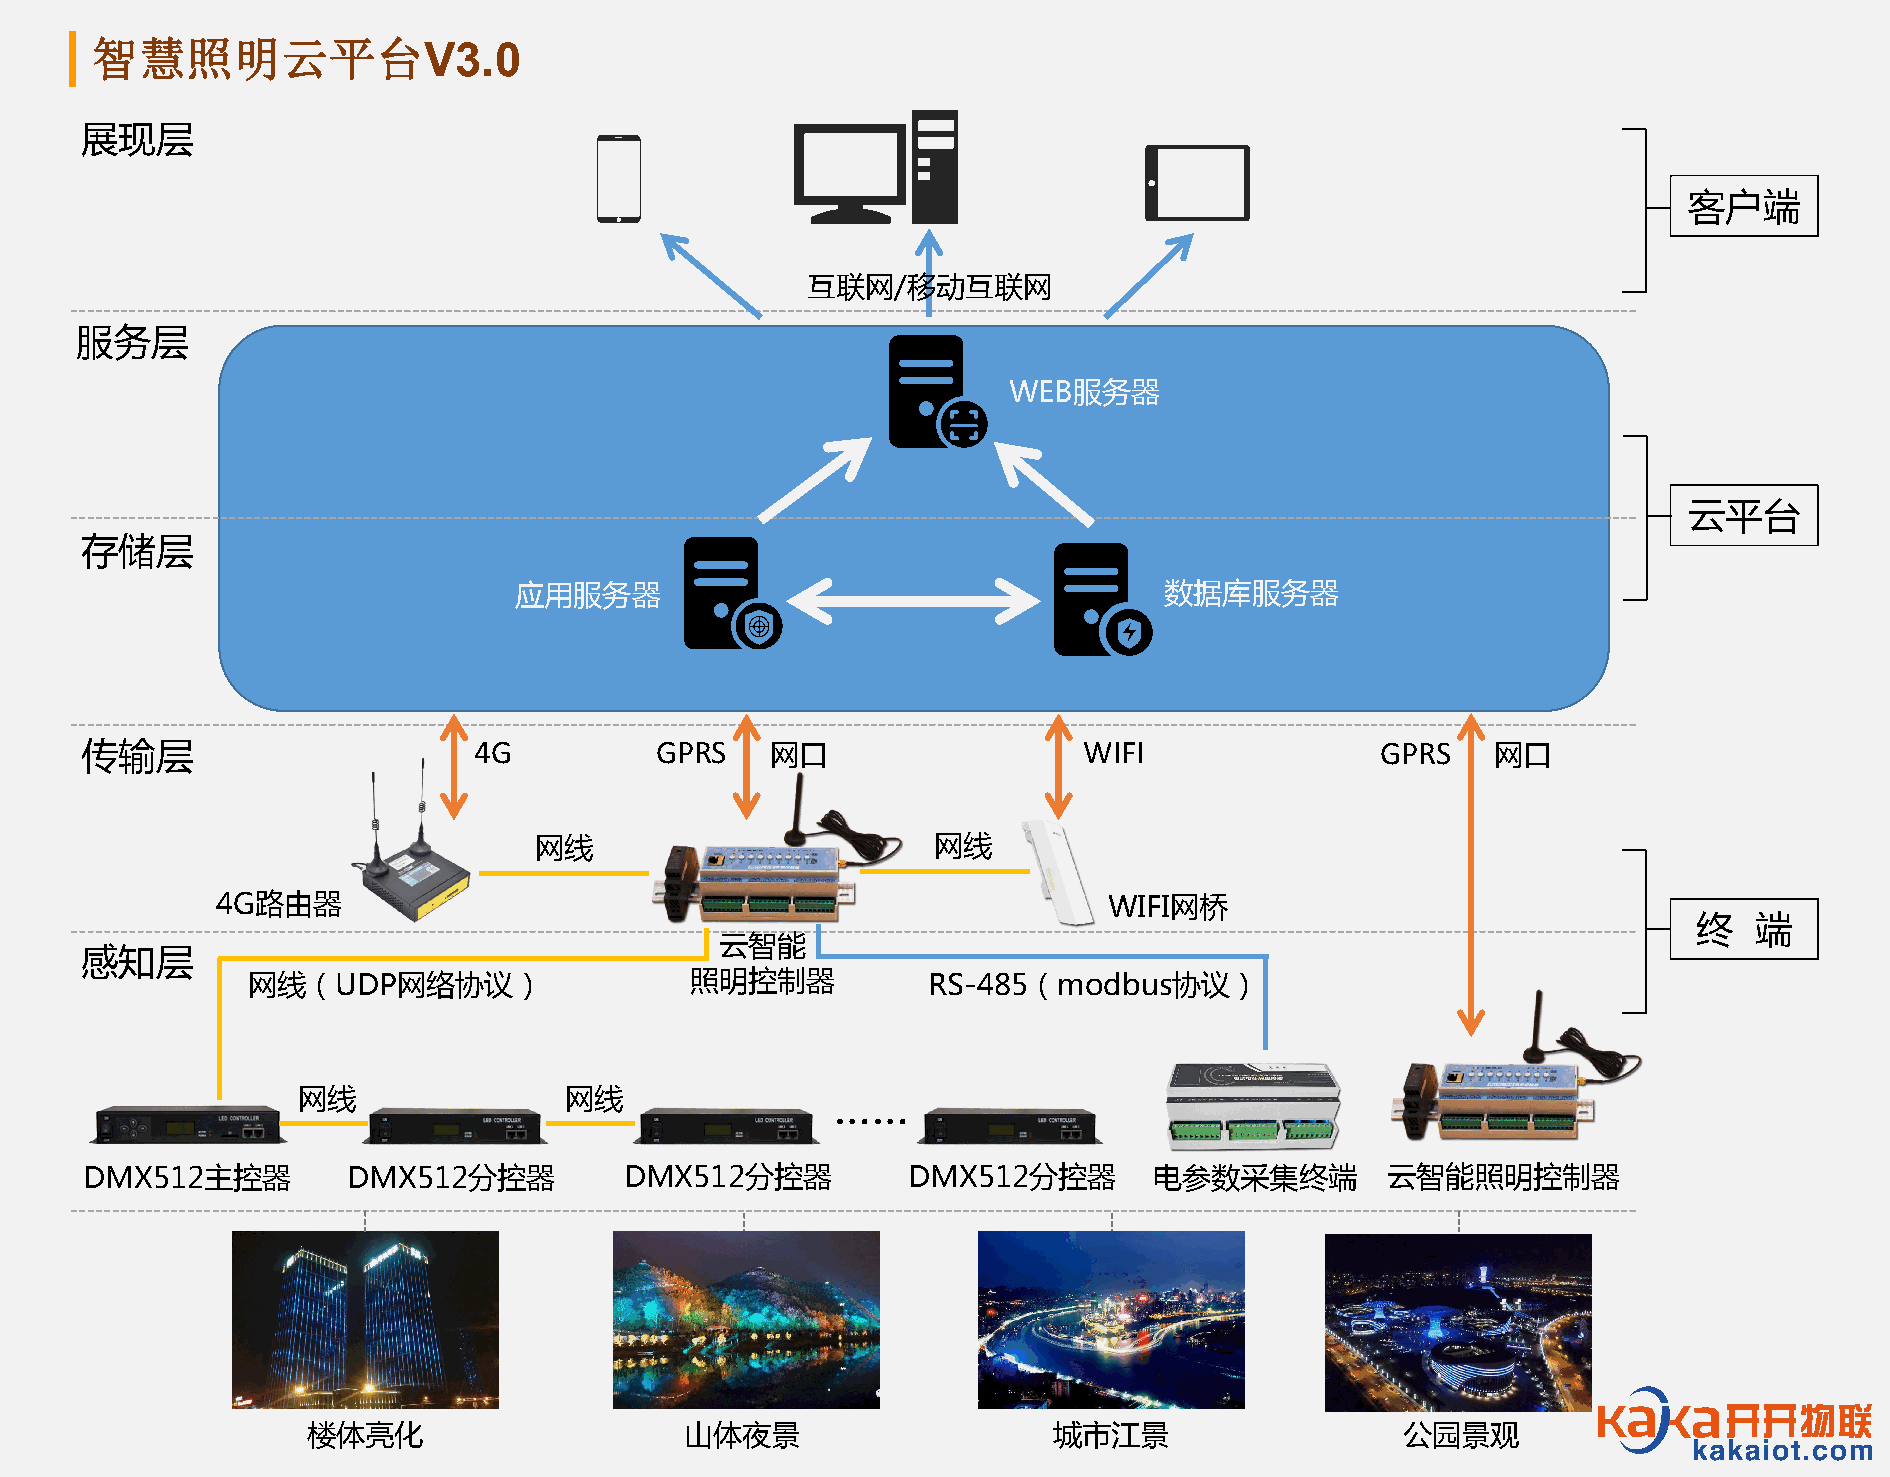
智慧照明云平台
 V3.0
 展现层
 客户端
 互联网/移动互联网
 服务层
 WEB服务器
 云平台
 存储层
 应用服务器                                      数据库服务器
 传输层                       4G          GPRS    网口                   WIFI               GPRS    网口
 网线                         网线
 4G路由器                                                      WIFI网桥
 终   端
 云智能
 感知层
 网线（UDP网络协议）                   照明控制器          RS-485（modbus协议）
 网线               网线
 ……
 DMX512主控器        DMX512分控器         DMX512分控器          DMX512分控器       电参数采集终端         云智能照明控制器
 楼体亮化                     山体夜景                     城市江景                   公园景观